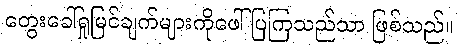
တွေးခေါ်ရှုမြင်ချက်များကိုဖေါ်ပြကြသည်သာ ဖြစ်သည်။